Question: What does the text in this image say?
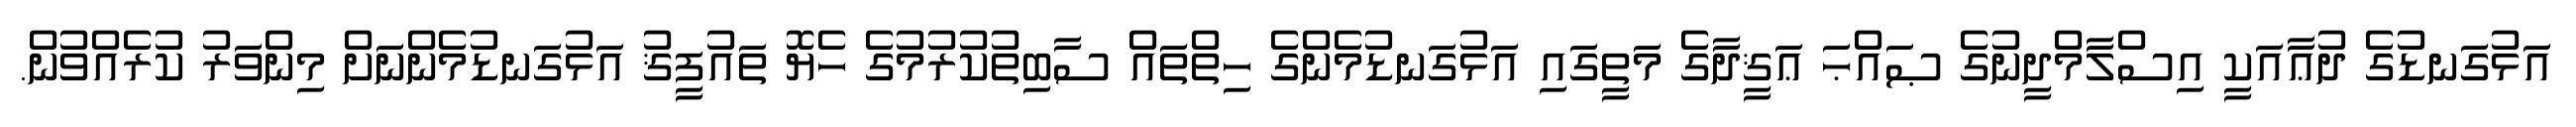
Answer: އަޅުގަނޑުގެ ދުޢާއަކީ އިސްލާމްދީނުގެ ޞައްޙަ ޢަޤީދާގެ މަތީގައި އަޅުގަނޑުމެންގެ ހިތްތައް ސާބިތުކުރުމުގެ ހެޔޮ ތައުފީޤު އަޅުގަނޑުމެންނަށް މިންވަރު ކުރެއްވުން.